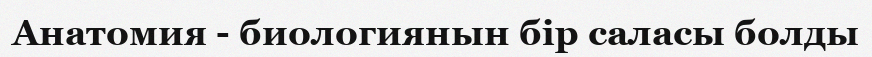
Анатомия - биологиянын бір саласы болды